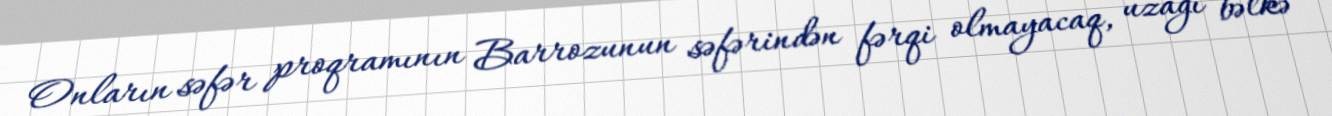
Onların səfər proqramının Barrozunun səfərindən fərqi olmayacaq, uzağı bəlkə